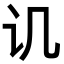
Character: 讥